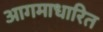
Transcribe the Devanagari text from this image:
आगमाधारित